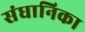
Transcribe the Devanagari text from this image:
संधानिका